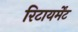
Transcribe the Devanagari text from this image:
रिटायर्मेंट